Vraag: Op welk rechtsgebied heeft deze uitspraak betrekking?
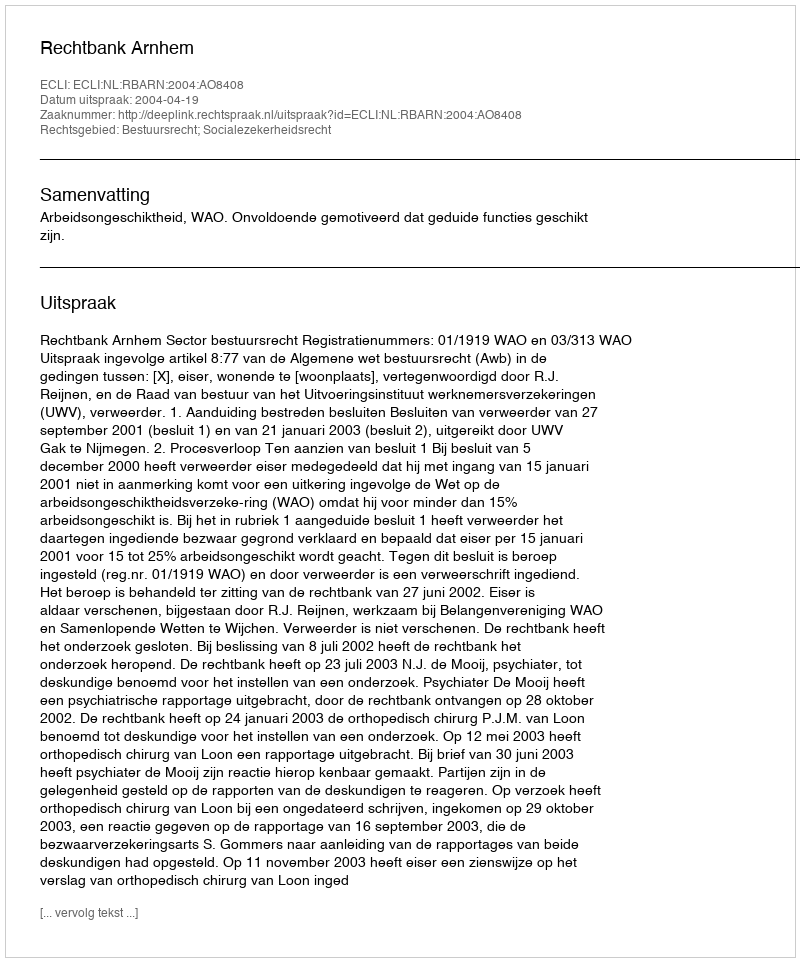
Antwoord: Bestuursrecht; Socialezekerheidsrecht